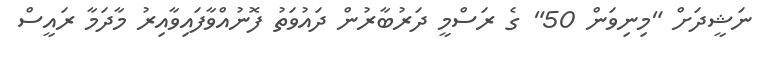
ނަޝީދަށް "މިނިވަން 50" ގެ ރަސްމީ ދަރުބާރުން ދައުވަތު ފޮނުއްވާފައިވާއިރު މާދަމާ ރައީސް